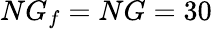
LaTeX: NG_{f}=NG=30